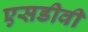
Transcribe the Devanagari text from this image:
एसडीवी